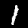
Label: 1